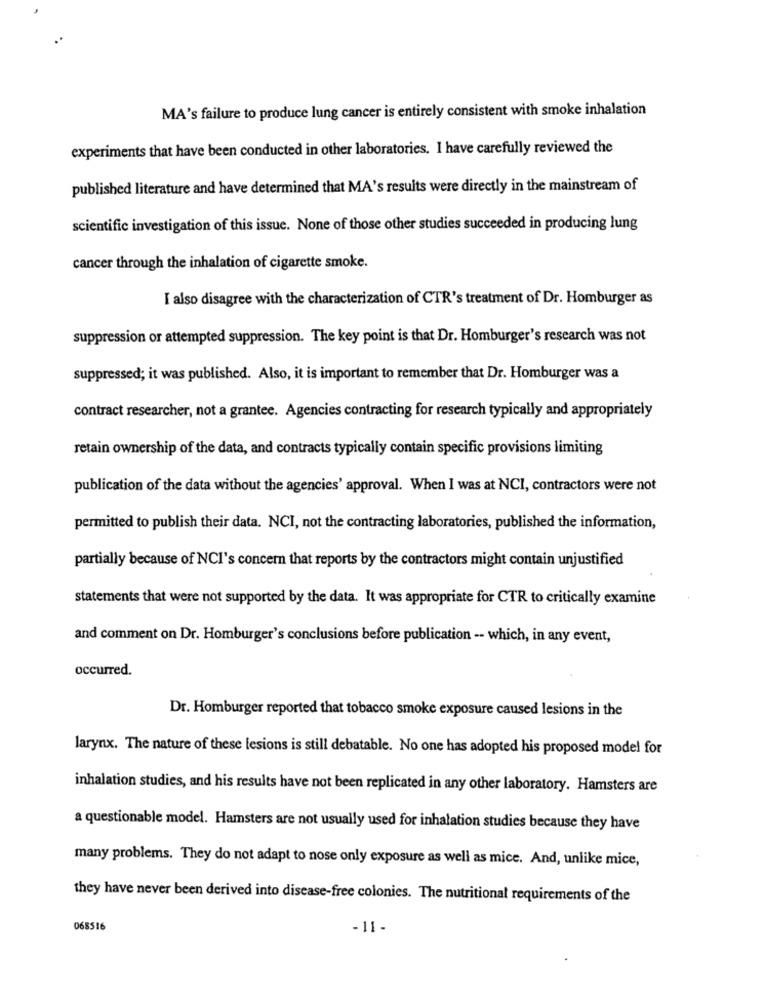
MA's failure to produce lung cancer is entirely consistent with smoke inhalation
experiments that have been conducted in other laboratories. I have carefully reviewed the
published literature and have determined that MA's results were directly in the mainstream of
scientific investigation of this issue. None of those other studies succeeded in producing lung
cancer through the inhalation of cigarette smoke.
I also disagree with the characterization of CTR's treatment of Dr. Homburger as
suppression or attempted suppression. The key point is that Dr. Homburger's research was not
suppressed; it was published. Also, it is important to remember that Dr. Homburger was a
contract researcher, not a grantee. Agencies contracting for research typically and appropriately
retain ownership of the data, and contracts typically contain specific provisions limiting
publication of the data without the agencies' approval. When I was at NCI, contractors were not
permitted to publish their data. NCI, not the contracting laboratories, published the information,
partially because of NCI's concern that reports by the contractors might contain unjustified
statements that were not supported by the data. It was appropriate for CTR to critically examine
and comment on Dr. Homburger's conclusions before publication -- which, in any event,
occurred.
Dr. Homburger reported that tobacco smoke exposure caused lesions in the
larynx. The nature of these lesions is still debatable. No one has adopted his proposed model for
inhalation studies, and his results have not been replicated in any other laboratory. Hamsters are
a questionable model. Hamsters are not usually used for inhalation studies because they have
many problems. They do not adapt to nose only exposure as well as mice. And, unlike mice,
they have never been derived into disease-free colonies. The nutritional requirements of the
068516
-11-